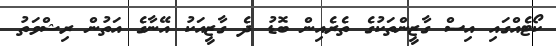
ކޯޓެއްގައި އިސް ގާޒީންތަކުގެ ތެރެއިން ބޮޑު ދެ ގާޒީއަކު އޭނާގެ އަތުން ރިޝްވަތު